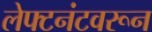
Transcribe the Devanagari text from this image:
लेफ्टनंटवरून